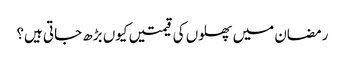
رمضان میں پھلوں کی قیمتیں کیوں بڑھ جاتی ہیں؟